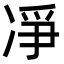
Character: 凈